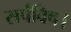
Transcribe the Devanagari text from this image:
सर्पविष।